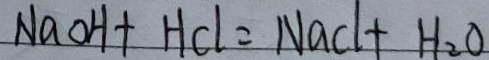
N a O H + H C l = N a C l + H _ { 2 } O